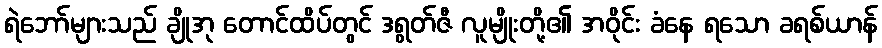
ရဲဘော်များသည် ချိုအု တောင်ထိပ်တွင် ဒရွတ်ဇီ လူမျိုးတို့၏ အဝိုင်း ခံနေ ရသော ခရစ်ယာန်